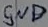
Text: GND